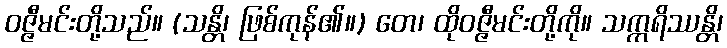
ဝဇ္ဇီမင်းတို့သည်။ (သန္တိ၊ ဖြစ်ကုန်၏။) တေ၊ ထိုဝဇ္ဇီမင်းတို့ကို။ သက္ကရိဿန္တိ၊